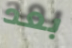
بعد